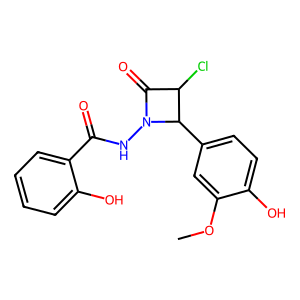
SMILES: COc1cc(C2C(Cl)C(=O)N2NC(=O)c2ccccc2O)ccc1O
Inhibits HIV replication: No